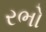
રભો